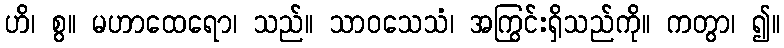
ဟိ၊ စွ။ မဟာထေရော၊ သည်။ သာဝသေသံ၊ အကြွင်းရှိသည်ကို။ ကတွာ၊ ၍။